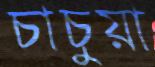
চাচুয়া